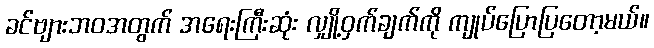
ခင်ဗျားဘဝအတွက် အရေးကြီးဆုံး လျှို့ဝှက်ချက်ကို ကျုပ်ပြောပြတော့မယ်။